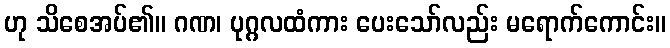
ဟု သိစေအပ်၏။ ဂဏ၊ ပုဂ္ဂလထံကား ပေးသော်လည်း မရောက်ကောင်း။